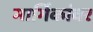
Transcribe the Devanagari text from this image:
मार्गिकांवर